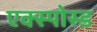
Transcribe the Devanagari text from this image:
एक्स्पोस्ड